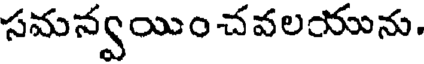
సమన్వయించవలయును.